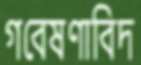
গবেষণাবিদ